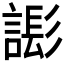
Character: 𧫄